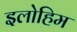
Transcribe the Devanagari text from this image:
इलोहिम